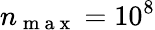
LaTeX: n_{\mathrm{~m~a~x~}}=10^{8}